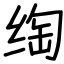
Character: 绹